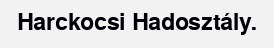
Harckocsi Hadosztály.